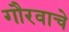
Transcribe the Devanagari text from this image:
गौरवाचे